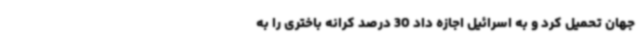
جهان تحمیل کرد و به اسرائیل اجازه داد 30 درصد کرانه باختری را به